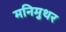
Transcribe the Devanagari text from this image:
मनिमुथर